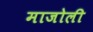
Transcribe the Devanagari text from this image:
माजोली